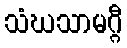
သံဃသာမဂ္ဂီ